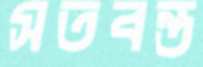
সতবন্ত